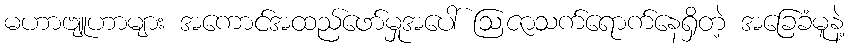
မဟာဗျူဟာများ အကောင်အထည်ဖော်မှုအပေါ် ဩဇာသက်ရောက်နေရှိတဲ့ အခြေခံမူနဲ့